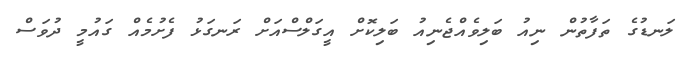
ލަނޑުގެ ތަފާތުން ނިއު ބަލިވެއްޖެނިއު ބަލިކޮށް އީގަލްސްއަށް ރަނގަޅު ފެށުމެއް ގައުމީ ދުވަސް